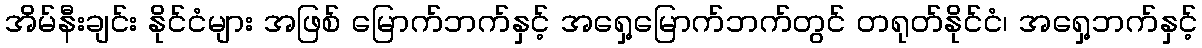
အိမ်နီးချင်း နိုင်ငံများ အဖြစ် မြောက်ဘက်နှင့် အရှေ့မြောက်ဘက်တွင် တရုတ်နိုင်ငံ၊ အရှေ့ဘက်နှင့်